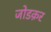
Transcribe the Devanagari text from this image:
जोडक़र